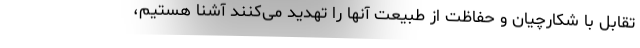
تقابل با شکارچیان و حفاظت از طبیعت آنها را تهدید می‌کنند آشنا هستیم،